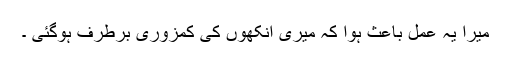
میرا یہ عمل باعث ہوا کہ میری آنکھوں کی کمزوری برطرف ہوگئی ۔